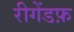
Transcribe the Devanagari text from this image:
रीगेंडफ़